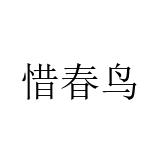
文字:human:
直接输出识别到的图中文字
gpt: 惜春鸟